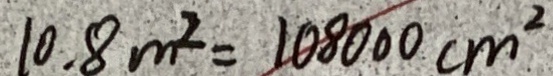
1 0 . 8 m ^ { 2 } = 1 0 8 0 0 0 c m ^ { 2 }